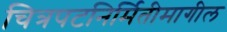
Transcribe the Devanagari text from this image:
चित्रपटनिर्मितीमागील